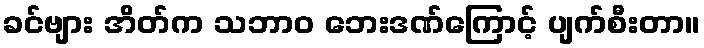
ခင်ဗျား အိတ်က သဘာဝ ဘေးဒဏ်ကြောင့် ပျက်စီးတာ။